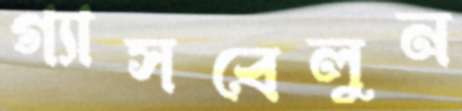
গ্যাসবেলুন